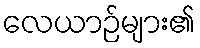
လေယာဉ်များ၏